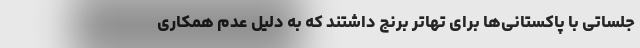
جلساتی با پاکستانی‌ها برای تهاتر برنج داشتند که به دلیل عدم همکاری